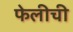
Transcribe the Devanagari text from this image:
फेलीची